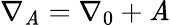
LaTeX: \nabla_{\mathit{A}}=\nabla_{0}+\mathit{A}